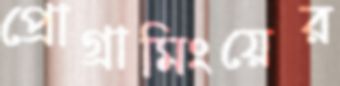
প্রোগ্রামিংয়ের